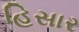
હિસાર